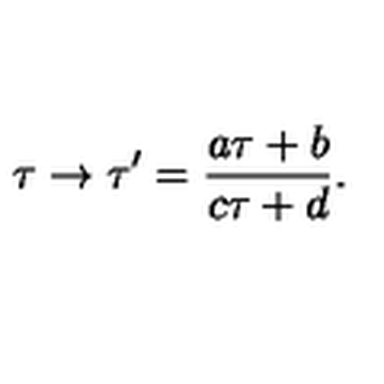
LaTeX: \tau \to \tau ^ { \prime } = \frac { a \tau + b } { c \tau + d } .